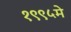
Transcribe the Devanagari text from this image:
१९९५मे